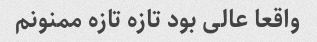
واقعا عالی بود تازه تازه ممنونم